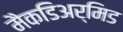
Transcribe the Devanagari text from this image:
मैकडिअर्मिड